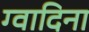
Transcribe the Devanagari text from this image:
ग्वादिना